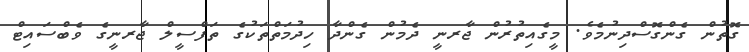
ގޮތުން ގެންގޮސްދިނުމެވެ. މީގެއިތުރުން ޖާރނީ ދެމުން ގެންދާ ހިދުމަތްތަކުގެ ތަފްސީލް ޖާރނީގެ ވެބްސައިޓް